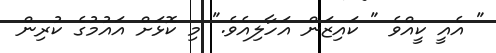
" އެއީ ކީއްވެ " ކައިޒަން އަހާލިއެވެ." މި ކޮޅަށް އައުމުގެ ކުރިން